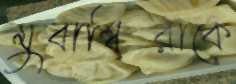
মুবাশ্বিরাকে